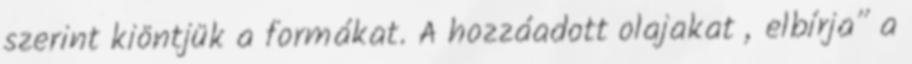
szerint kiöntjük a formákat. A hozzáadott olajakat „elbírja” a